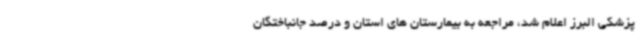
پزشکی البرز اعلام شد، مراجعه به بیمارستان های استان و درصد جانباختگان